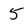
Character: 5